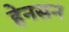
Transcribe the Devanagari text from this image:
हेनसन